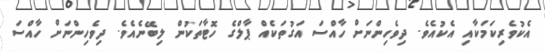
އެކުވެރިކަމަކާއި އެކުއެވެ. ދިވެހިންނަށް ހާއްސަ އަގުތަކެއް ޕާލްގެ ހޮޓާތަކުން ލިބޭނެއެވެ. ދިވެހިންނަށް ހާއްސަ